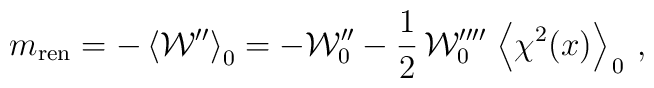
m_{\rm ren}= -\left\langle  {\cal  W}'' \right\rangle_0=-{\cal  W}''_0 -\frac{1}{2}\,{\cal  W}^{\prime\prime\prime\prime}_0 \,\left\langle \chi^2 (x)\right\rangle_{\,0}\,,